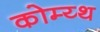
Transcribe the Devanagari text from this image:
कोम्य्थ